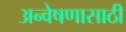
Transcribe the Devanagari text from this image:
अन्वेषणासाठी